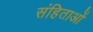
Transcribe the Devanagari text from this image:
संहिताआें